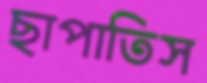
ছাপাতিস